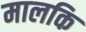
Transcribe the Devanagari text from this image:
मालकि